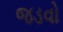
જડવો